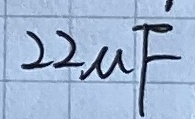
Text: 22µF